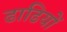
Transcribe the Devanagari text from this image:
ढाढियों